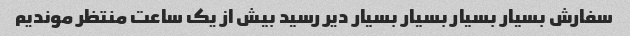
سفارش بسیار بسیار بسیار بسیار دیر رسید بیش از یک ساعت منتظر موندیم